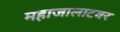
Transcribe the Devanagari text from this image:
महाजालाटवर